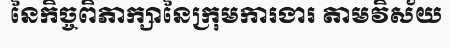
នៃកិច្ចពិភាក្សានៃក្រុមការងារ តាមវិស័យ